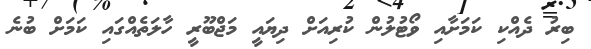
ބިރު ދެއްކި ކަމަށާއި ވޯޓުލުން ކުރިއަށް ދިޔައީ މަޖްބޫރީ ހާލަތެއްގައި ކަމަށް ބުނެ